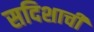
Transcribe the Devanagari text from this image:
सदिशाची